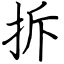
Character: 拆